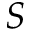
S